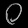
Digit: ၀